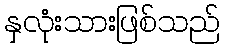
နှလုံးသားဖြစ်သည်